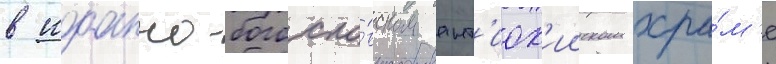
в иоанно-богосло́вском ант'иох'ииском хра́м'е